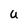
Character: U